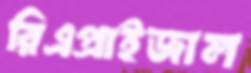
রিএপ্রাইজাল